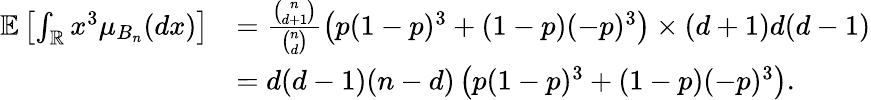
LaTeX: \begin{array}{rl}{\mathbb{E}\left[\int_{\mathbb{R}}x^{3}\mu_{B_{n}}(dx)\right]}&{=\frac{{\binom{n}{d+1}}}{{\binom{n}{d}}}\left(p(1-p)^{3}+(1-p)(-p)^{3}\right)\times(d+1)d(d-1)}\\ &{=d(d-1)(n-d)\left(p(1-p)^{3}+(1-p)(-p)^{3}\right).}\end{array}